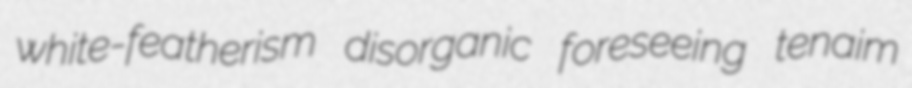
white-featherism disorganic foreseeing tenaim